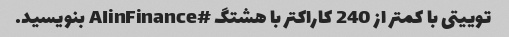
توییتی با کمتر از 240 کاراکتر با هشتگ #AIinFinance بنویسید.